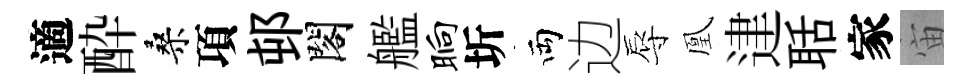
適酔桑項邨閣艦晌圻両边辱凰䢖聒家宙